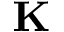
{ \bf K }